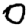
Digit: 0